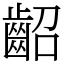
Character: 齠